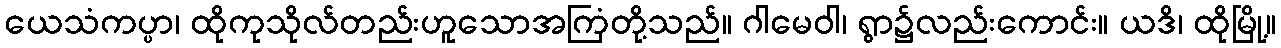
ယေသံကပ္ပာ၊ ထိုကုသိုလ်တည်းဟူသောအကြံတို့သည်။ ဂါမေဝါ၊ ရွာ၌လည်းကောင်း။ ယဒိ၊ ထိုမြို့။